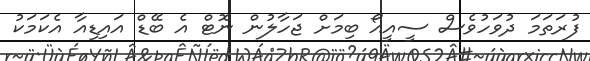
ފުރަތަމަ ދުވަހުވެސް ސީއީއޯ ބިމަށް ޖަހާލުން ނޮޓް އެ ބޭޑް އައިޑިއާ އެކަމަކު